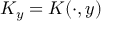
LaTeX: K _ { y } = K ( \cdot , y )